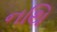
નથિ